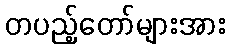
တပည့်တော်များအား